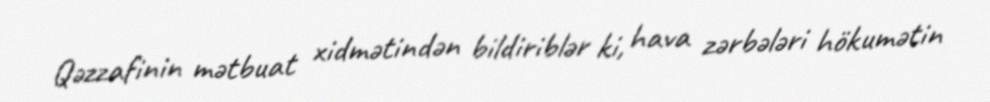
Qəzzafinin mətbuat xidmətindən bildiriblər ki, hava zərbələri hökumətin